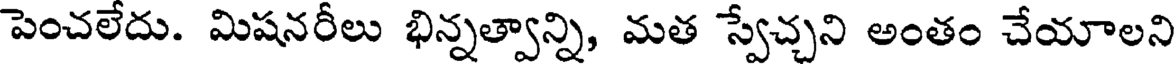
పెంచలేదు. మిషనరీలు భిన్నత్వాన్ని, మత స్వేచ్చని అంతం చేయాలని